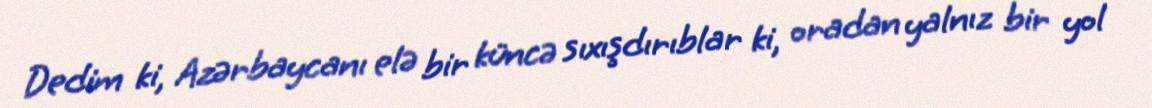
Dedim ki, Azərbaycanı elə bir küncə sıxışdırıblar ki, oradan yalnız bir yol